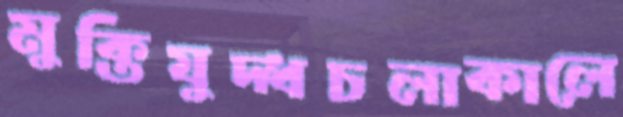
মুক্তিযুদ্ধচলাকালে